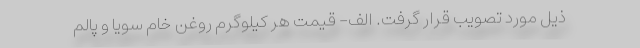
ذیل مورد تصویب قرار گرفت. الف- قیمت هر کیلوگرم روغن خام سویا و پالم